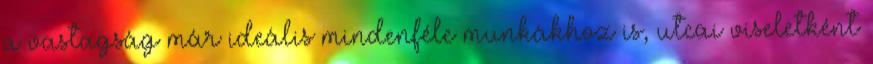
a vastagság már ideális mindenféle munkákhoz is, utcai viseletként